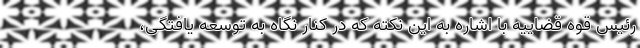
رئیس قوه قضاییه با اشاره به این نکته که در کنار نگاه به توسعه یافتگی،